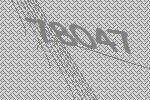
78047